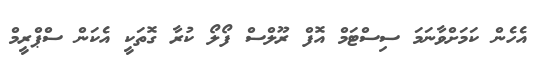
އެހެން ކަމަށްވާނަމަ ސިސްޓަމް އޮފް ރޫލްސް ފޯލޯ ކުރާ ގޮތަކީ އެކަން ސްޕްރީމް